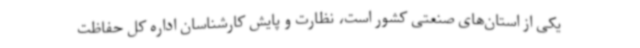
یکی از استان‌های صنعتی کشور است، نظارت و پایش کارشناسان اداره کل حفاظت